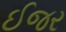
ઈજર